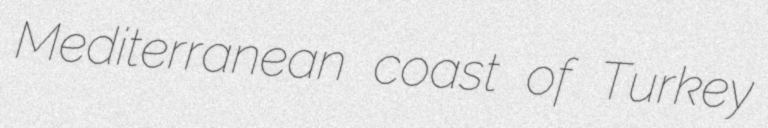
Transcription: Mediterranean coast of Turkey